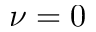
\nu = 0